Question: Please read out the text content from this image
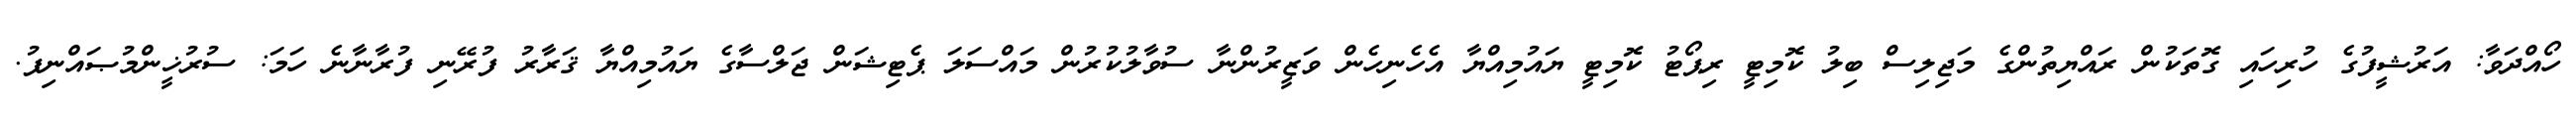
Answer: ހޯއްދަވާ: އަރުޝީފުގެ ހުރިހައި ގޮތަކުން ރައްޔިތުންގެ މަޖިލިސް ބިލު ކޮމިޓީ ރިޕޯޓު ކޮމިޓީ ޔައުމިއްޔާ އެހެނިހެން ވަޒީރުންނާ ސުވާލުކުރުން މައްސަލަ ޕެޓިޝަން ޖަލްސާގެ ޔައުމިއްޔާ ޤަރާރު ފުރޭނި ފުރާނާނެ ހަމަ: ސުރުޚީންމުޞައްނިފު.